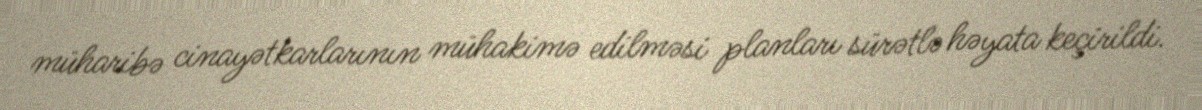
müharibə cinayətkarlarının mühakimə edilməsi planları sürətlə həyata keçirildi.